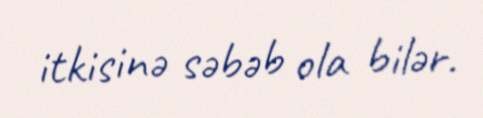
itkisinə səbəb ola bilər.